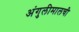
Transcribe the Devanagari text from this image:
अंगुलीमालची